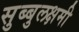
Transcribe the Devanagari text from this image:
सुब्बुलक्षमी